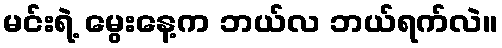
မင်းရဲ့ မွေးနေ့က ဘယ်လ ဘယ်ရက်လဲ။